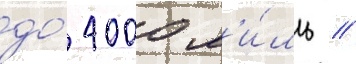
до́ 4000 м'и́ль //